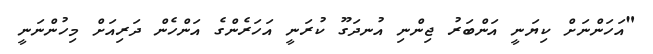
"އަހަންނަށް ކިޔަނީ އަންބަރު ޖިންނި އުނދަގޫ ކުރަނީ އަހަރެންގެ އަންހެން ދަރިއަށް މިހުންނަނީ